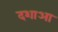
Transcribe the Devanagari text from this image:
दशाआ